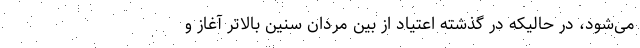
می‌شود، در حالیکه در گذشته اعتیاد از بین مردان سنین بالاتر آغاز و